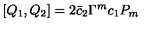
[ Q _ { 1 } , Q _ { 2 } ] = 2 \bar { c } _ { 2 } \Gamma ^ { m } c _ { 1 } P _ { m }